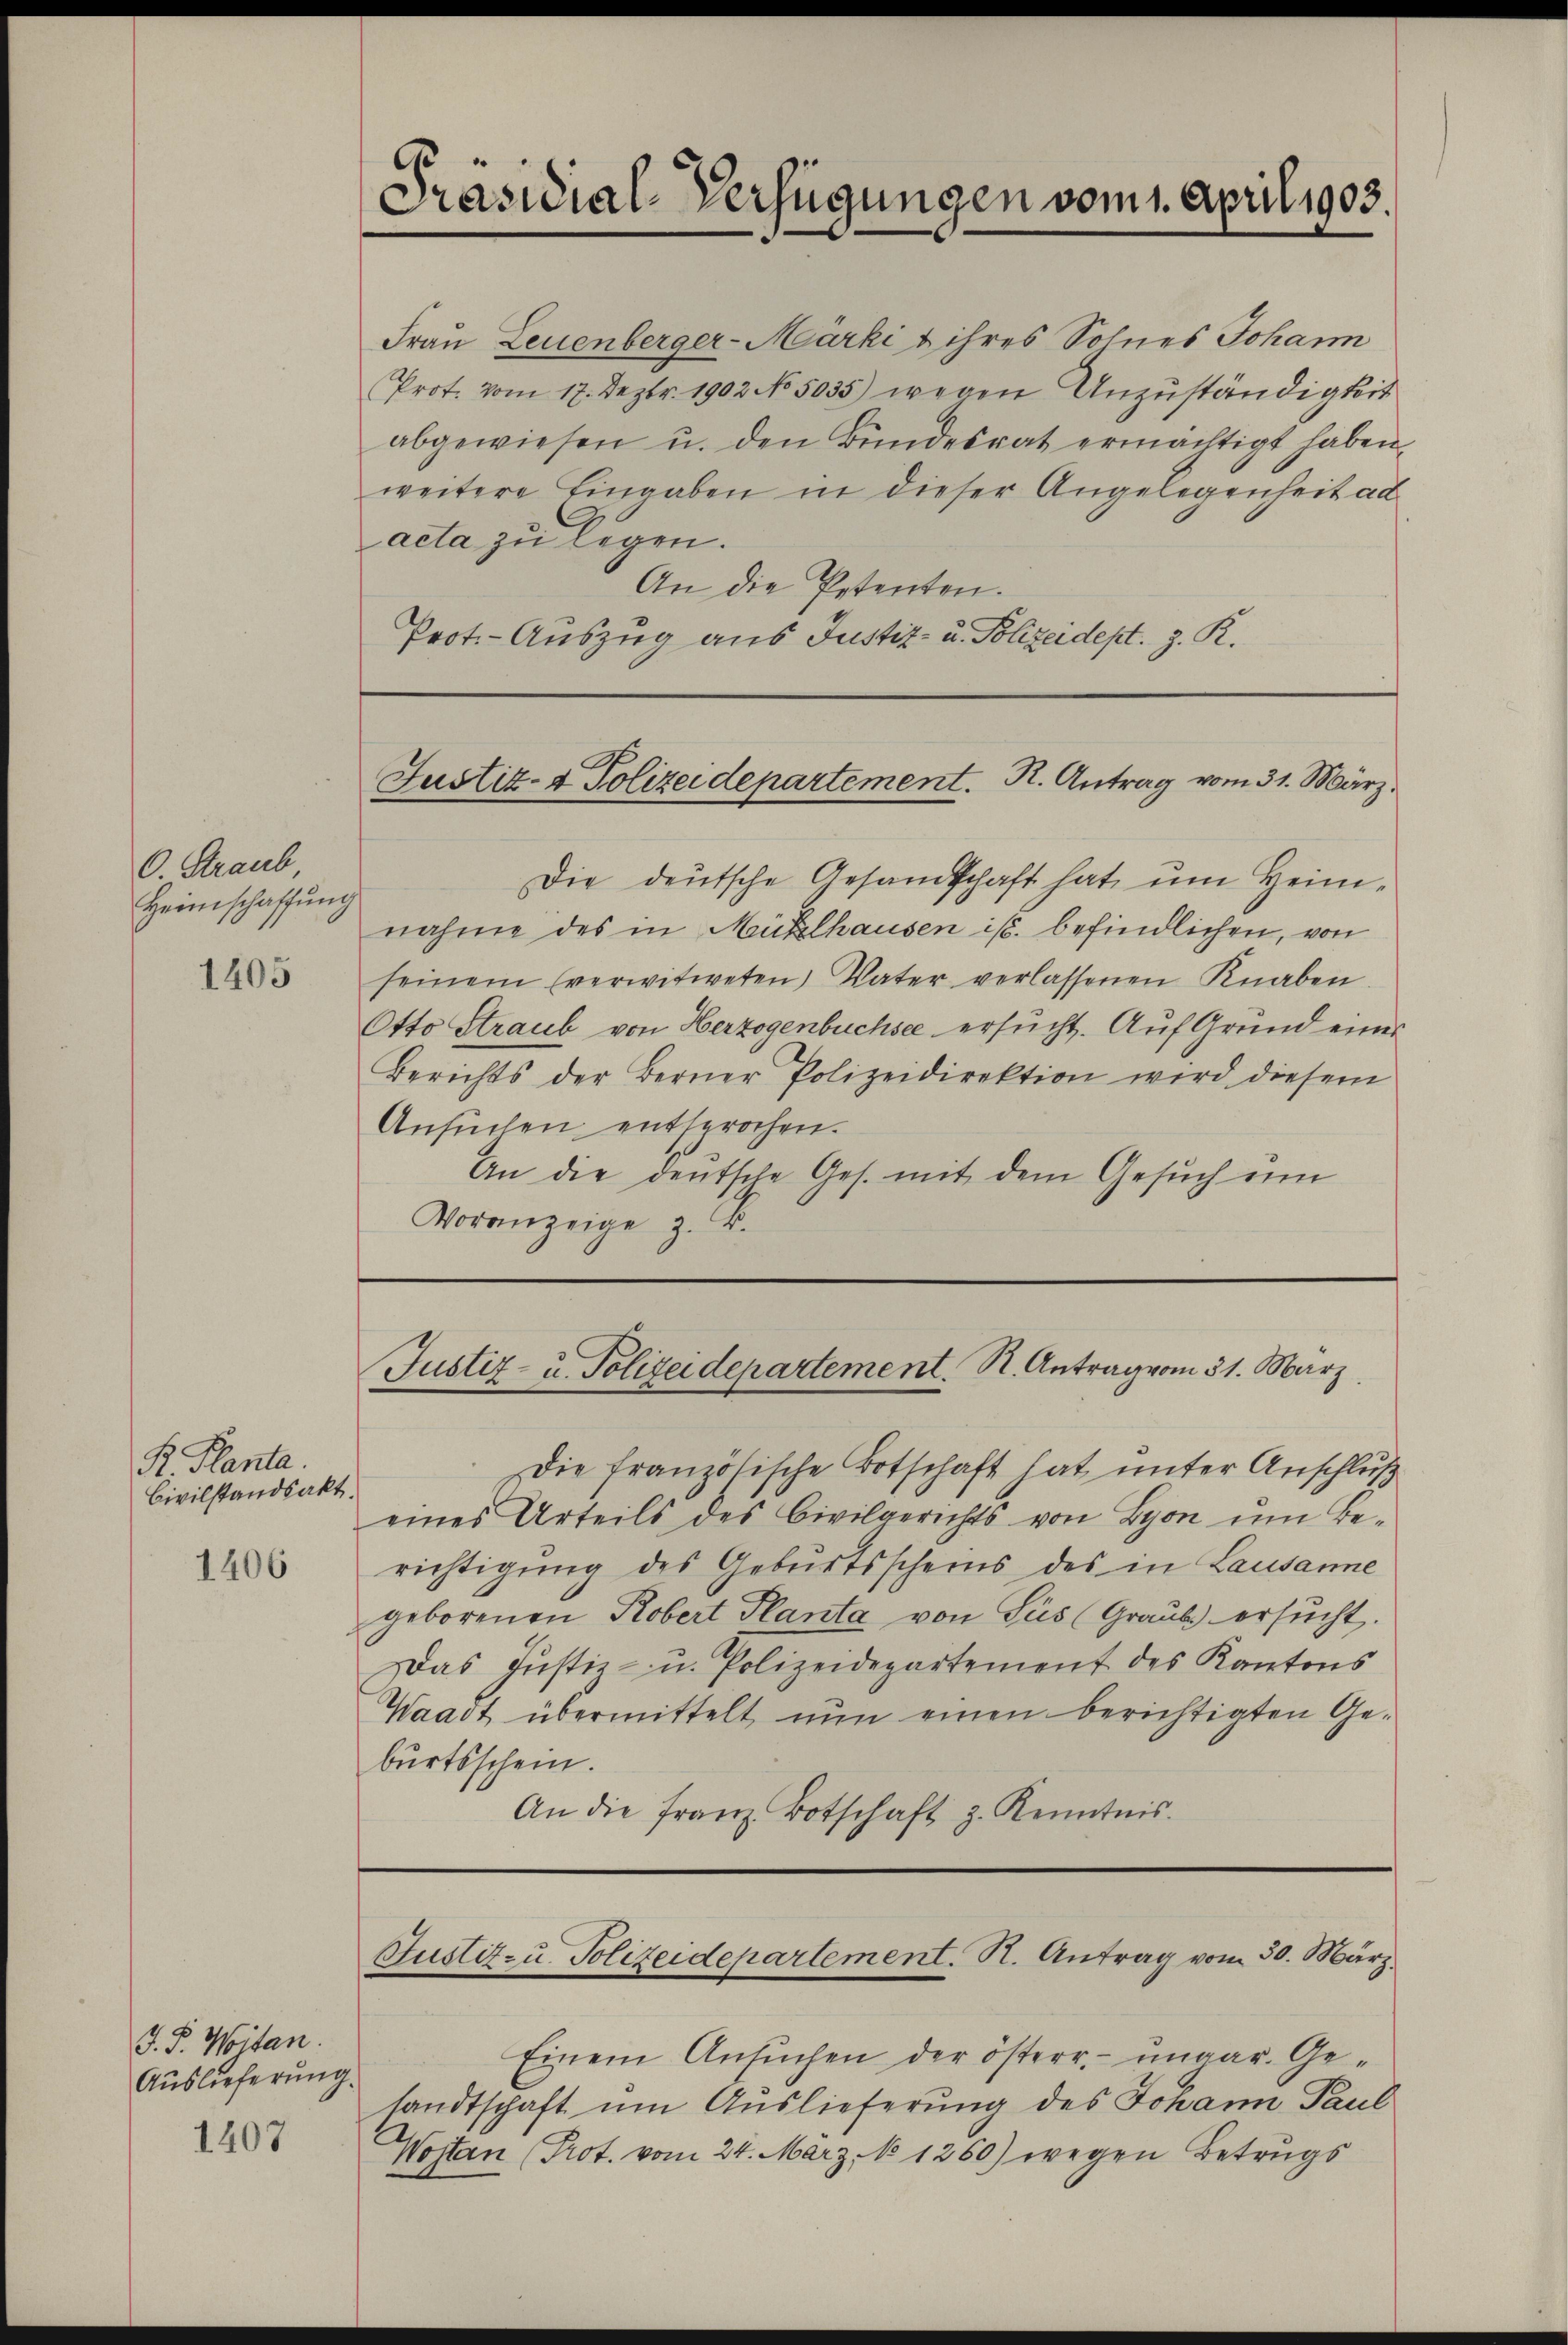
C. Straub
Heimschaffŭng

1405

R. Planta.
Civilstandsakt.

1406

J. P. Weitan.
Auslieferung.

1407

Frau Leuenberger-Märki & ihres Sohnes Johann
Prot. vom 17. Dezbr. 1902 No 5035) wegen Unzuständigkeit
abgewiesen u. den Bundesrat ermächtigt haben.
weitere Eingaben in dieser Angelegenheit ad
acta zu legen.
An die Petenten.
Prot.- Auszug aus Justiz- u. Polizeidept. J. R.

Präsidial-Verfügungen vom 1. April 1903

Justiz- & Polizeidepartement. R. Antrag vom 31. März.

Justiz- u. Polizeidepartement. R. Antrag vom 31. März

Justiz- u. Polizeidepartement. R. Antrag vom 30. März.

Die deutsche Gesamtschaft hat ŭm Heim-
nahme des in Mühlhausen ist. befindlichen, von
seinem verwitweten Vater verlassenen Knaben.
Otto Straub von Herzogenbuchsee ersucht. Auf Grund eines
Berichts der Berner Polizeidirektion wird diesem
Ansŭchen entsprochen.
An die deutsche Ges. mit dem Gesŭch ei
Voranzeige z. B.

Die französische Botschaft hat unter Anschluß
eines Urteils des Civilgerichts von Lyon um Be-
richtigung des Geburtsscheins des in Lausanne
geborenen Robert Planta von Ses (Graube ersucht.
Das Justiz- u. Polizeidepartement des Kantons
Waadt übermittelt nun einen berichtigten Geburtsschein.
An die franz Botschaft z. Kenntnis.

Einem Ansŭchen der österr. ungar. Ge-
sandtschaft um Auslieferung des Johann Paul
Wojtan (Prot. vom 24. März. No 1260) wegen Betrugs